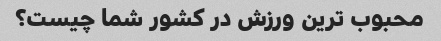
محبوب ترین ورزش در کشور شما چیست؟